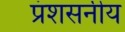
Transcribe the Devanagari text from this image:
प्रंशसनीय